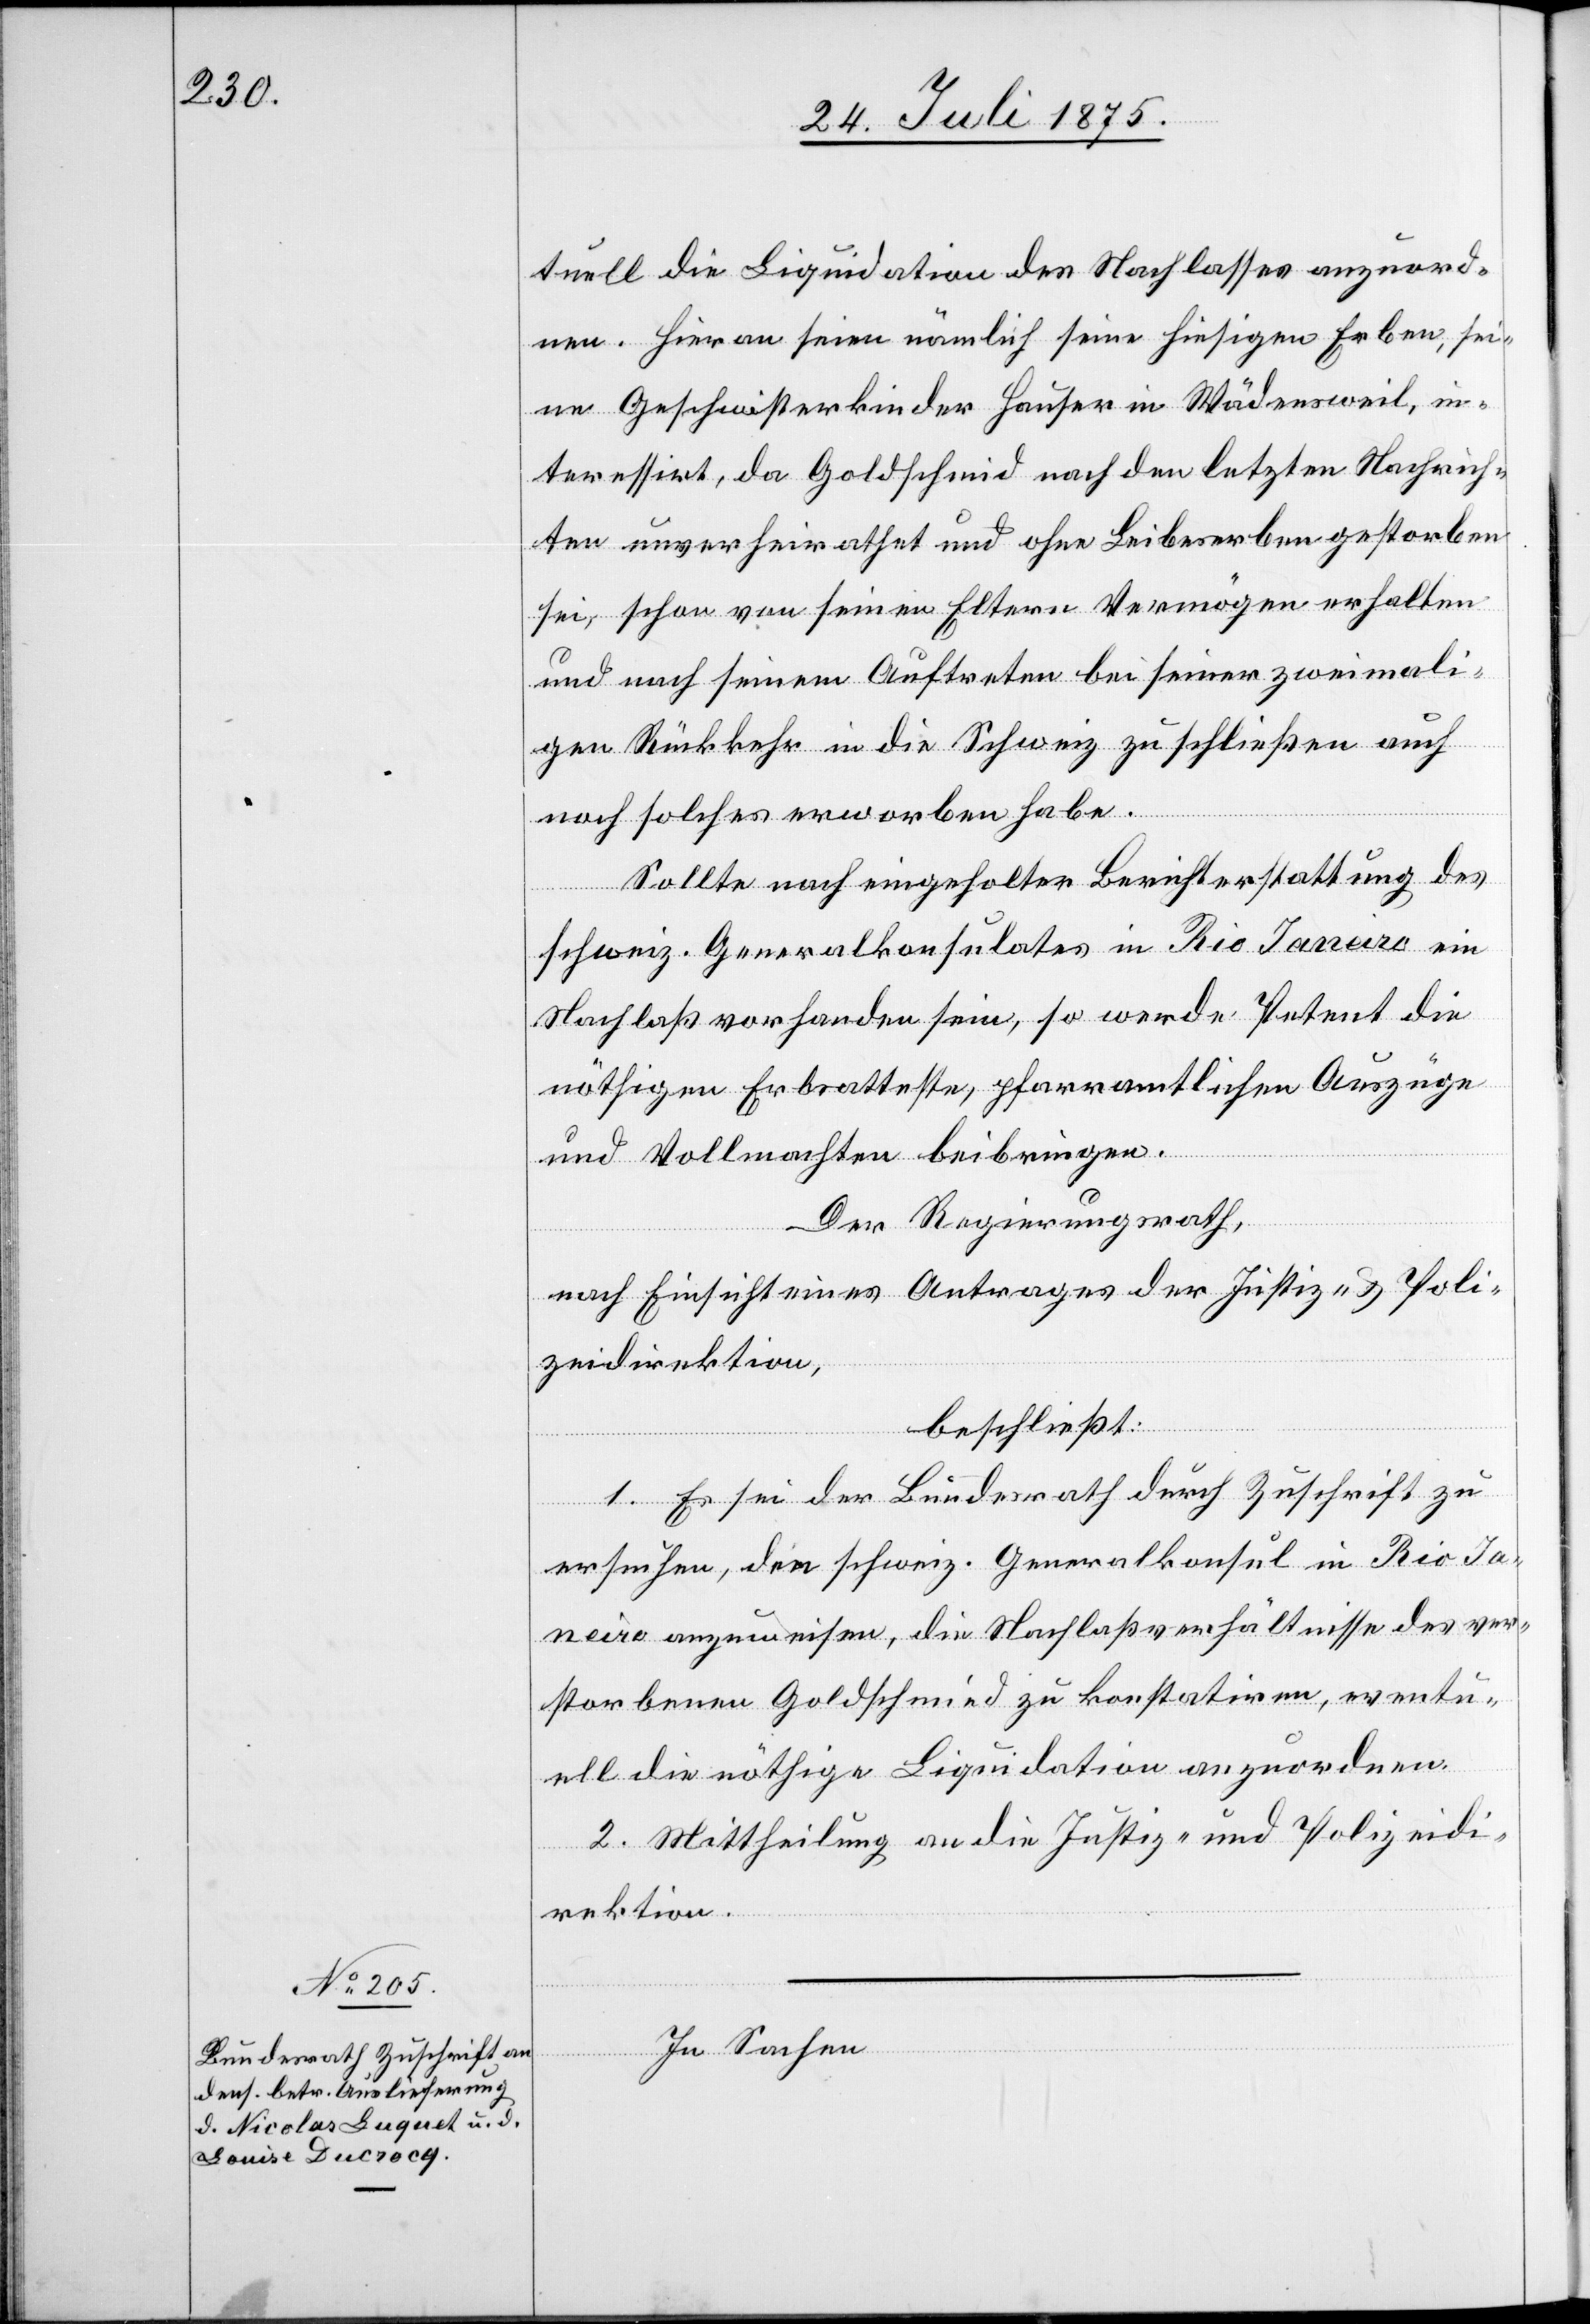
tuell die Liquidation des Nachlasses anzuord¬
nen. Hievon seien nämlich seine hiesigen Erben, sei¬
ne Geschwisterkinder Hauser in Wädensweil, in¬
teressirt, da Goldschmid nach den letzten Nachrich¬
ten unverheiratet und ohne Leibeserben gestorben
sei, schon von seinen Eltern Vermögen erhalten
und nach seinem Auftreten bei seiner zweimali¬
gen Rückkehr in die Schweiz zu schließen auch
noch solches erworben habe.
Sollte nach eingeholter Berichterstattung des
schweiz. Generalkonsulates in Rio Janeiro ein
Nachlaß vorhanden sein, so werde Petent die
nöthigen Erbsatteste, pfarramtlichen Auszüge
und Vollmachten beibringen.
Der Regierungsrath,
nach Einsicht eines Antrages der Justiz- & Poli¬
zeidirektion,
beschließt:
1. Es sei der Bundesrath durch Zuschrift zu
ersuchen, den schweiz. Generalkonsul in Rio Ja¬
neiro anzuweisen, die Nachlaßverhältnisse des ver¬
storbenen Goldschmied [sic!] zu konstatiren, eventu¬
ell die nöthige Liquidation anzuordnen.
2. Mittheilung an die Justiz- und Polizeidi¬
rektion.
In Sachen